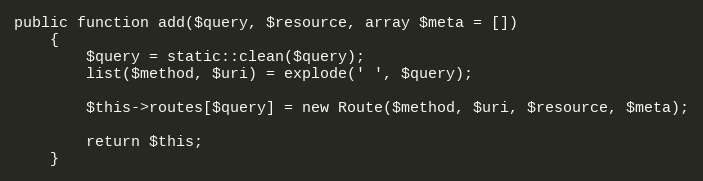
Language: PHP
public function add($query, $resource, array $meta = [])
    {
        $query = static::clean($query);
        list($method, $uri) = explode(' ', $query);

        $this->routes[$query] = new Route($method, $uri, $resource, $meta);

        return $this;
    }